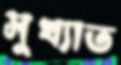
সুখ্যাত